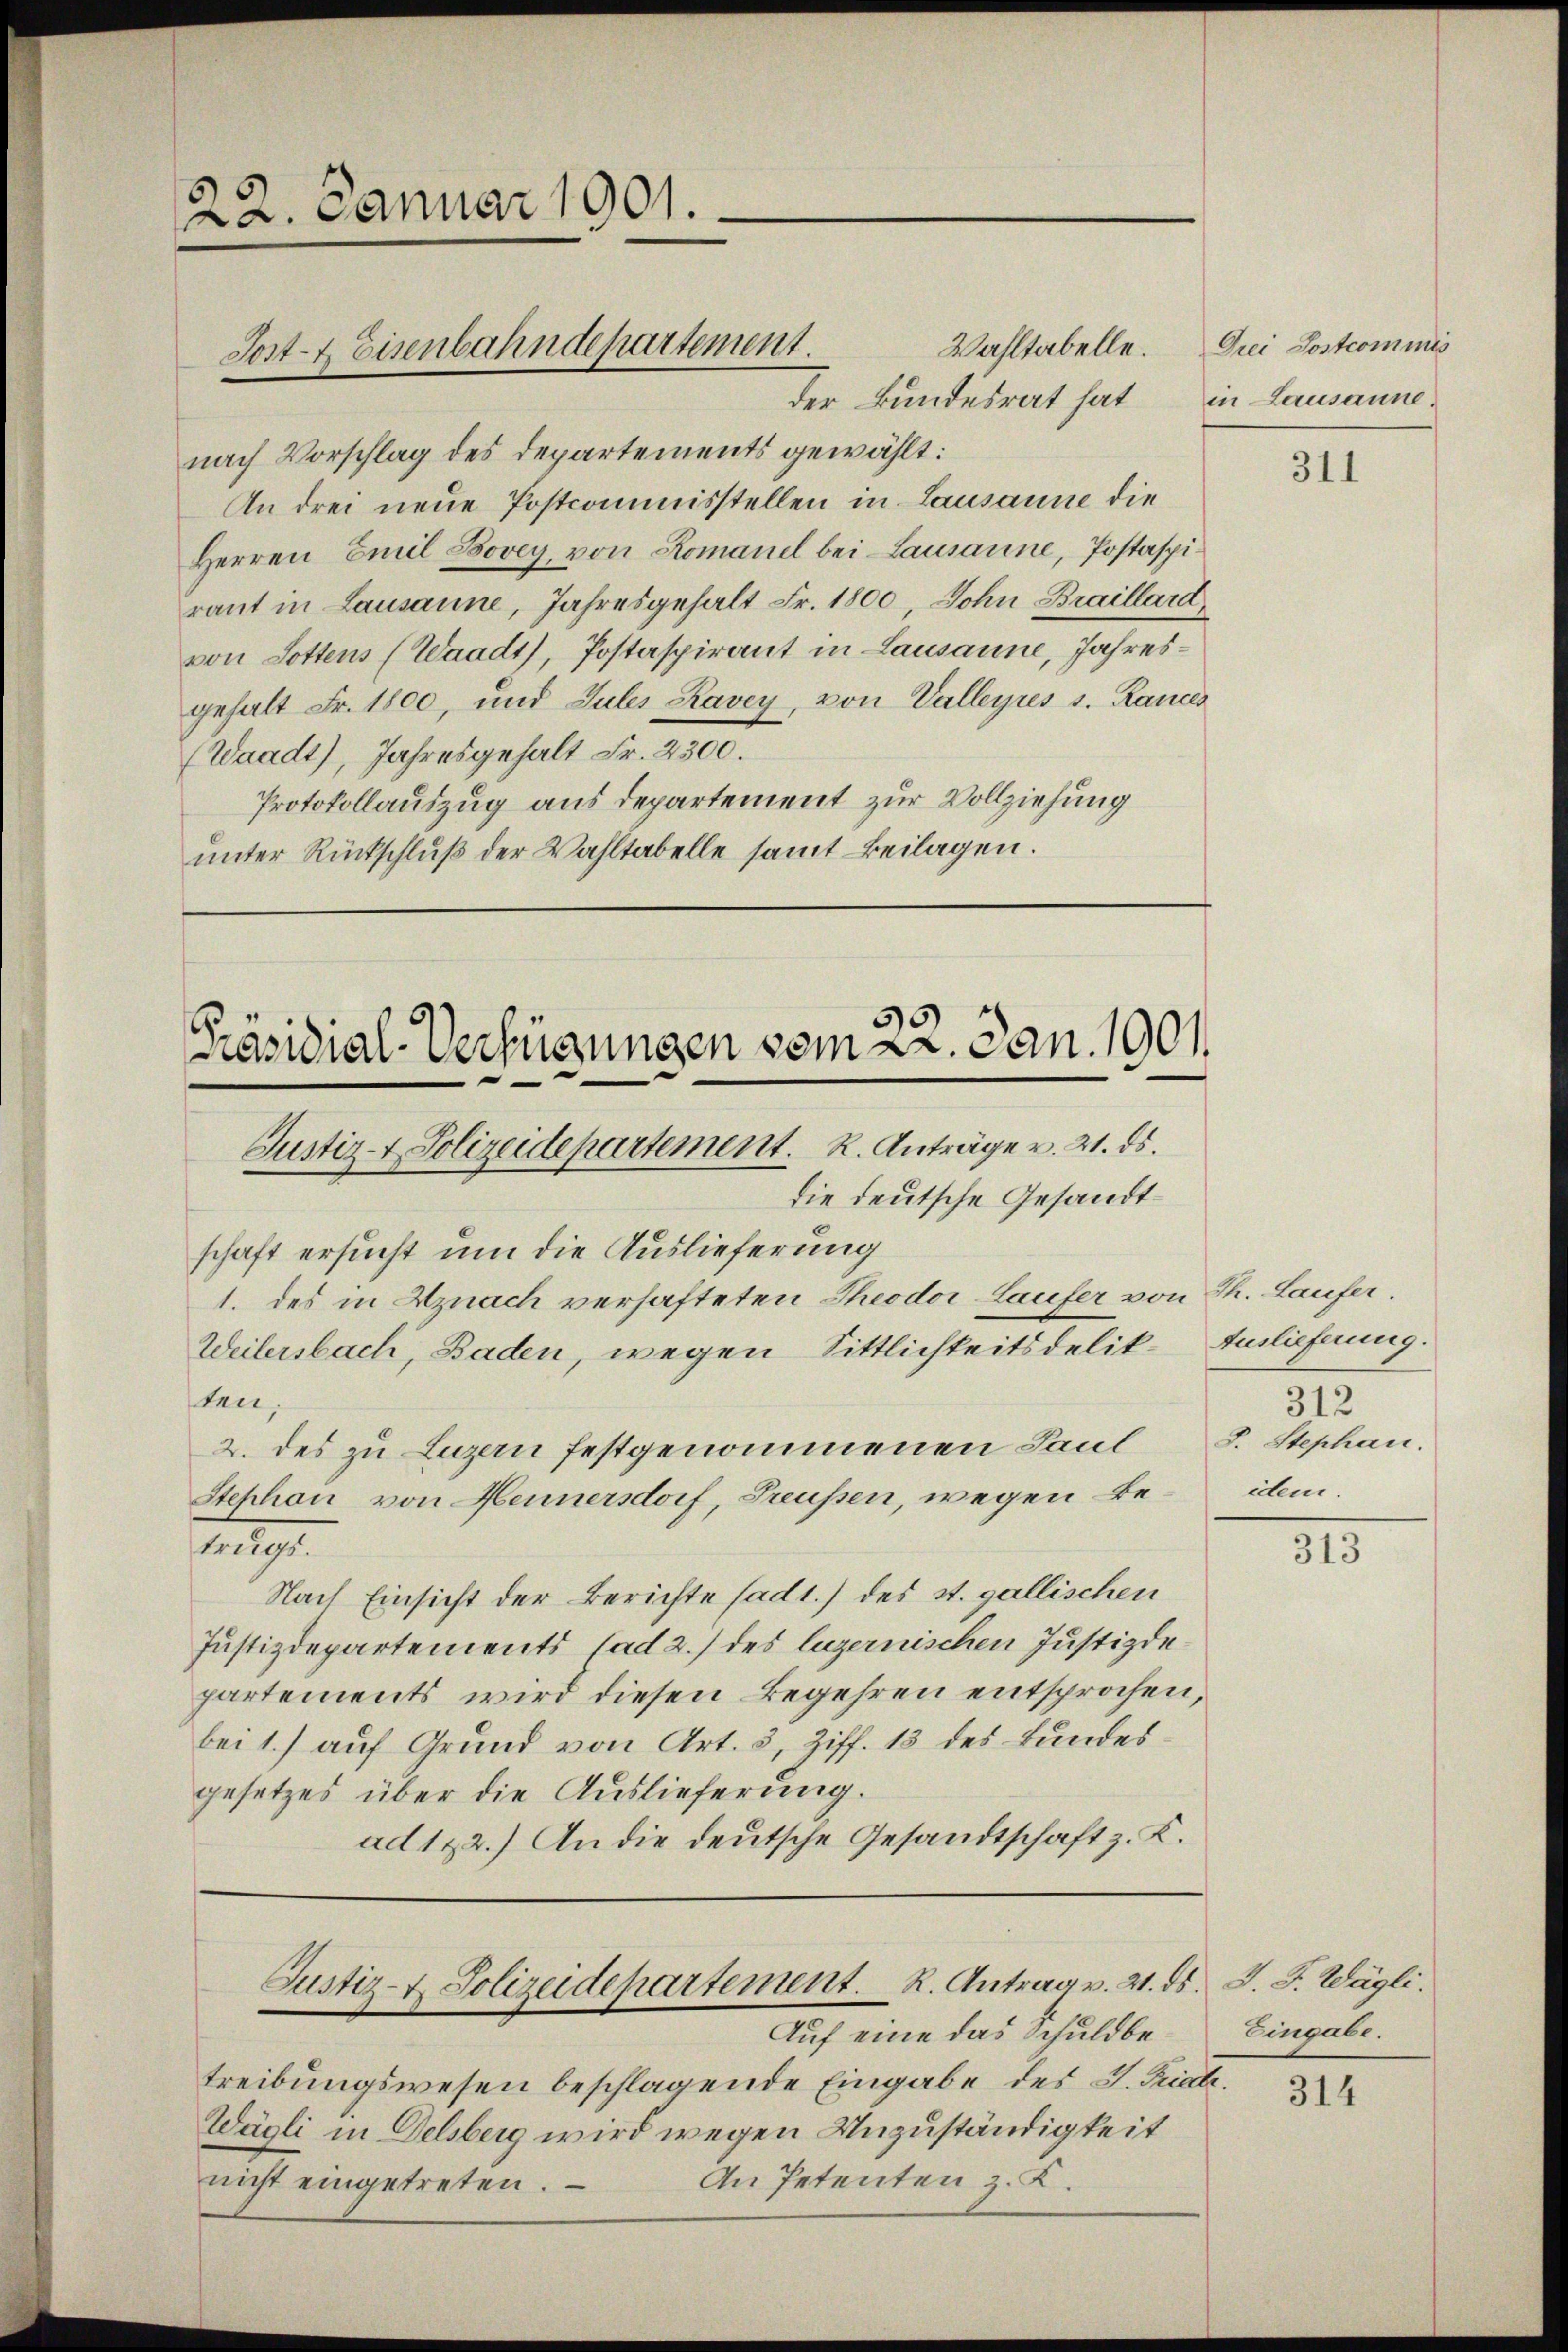
22. Januar 1901.

Wahltabelle.
der Bundesrat hat in Lausanne
nach Vorschlag des Departements gewählt:
An drei neue Postcommisstellen in Lausanne die
Herren Emil Bovey, von Romanel bei Lausanne, Postaspiraut in Lausanne, Jahresgehalt Fr. 1800, Sohn Braillard
von Lottens (Waadt, Postaspirant in Lausanne, Jahresgehalt Fr. 1800, und Sules Ravey von Valleyres s. Rances
(Waadt), Jahresgehalt Fr. 2300.
Protokollauszug aus departement zur Vollziehung
unter Rückschluß der Wahltabelle samt Beilagen.

Sost- & Eisenbahndepartement.

Präsidial-Verfügungen vom 22. Jan. 1901.
Justiz- & Polizeidepartement. K. Anträge v. 21. ds.

die deutsche Gesandtschaft ersucht um die Auslieferung
1. des in Uznach verhafteten Theodor Laufer von Th. Laufer.
Weilersbach, Baden, wegen Sittlichkeitsdelik- Einlichnung.
ten,
2. des zu Luzern festgenommenen Paul S. Stephan.
Stephon von Hennersdorf, Freussen, wegen Betrugs.
Nach Einsicht der Berichte sad1.) des st. gallischen
Justizdepartements (ad 2.) des luzernischen Justizdepartements wird diesen Begehren entsprochen,
bei 1.) auf Grund von Art. 5, Ziff. 13 des Bundesgesetzes über die Auslieferung.
ad 122.) An die deutsche Gesandtschaft z. K.

Justiz- & Polizeidepartement. R. Antrag v. 21. ds. J. J. Wägli

Auf eine das Schuldbetreibungswesen beschlagende Eingabe des J. Riete.
Wägli in Delsberg wird wegen Unzuständigkeit
An Petenten z. K.
nicht eingetreten.

Drei Postcommis

311

312
iden.

313

Eingabe.

314